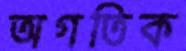
অগতিক